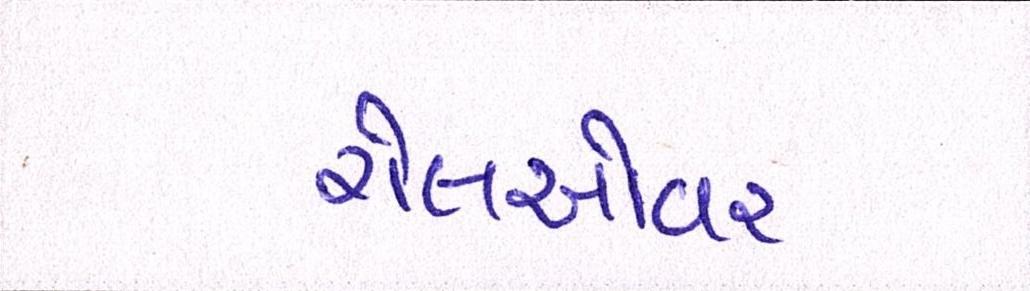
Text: રોલઓવર